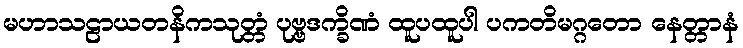
မဟာသဠာယတနိကသုတ္တံ ပုဗ္ဗဒက္ခိဏံ ထူပထူပါ ပကတိမဂ္ဂတော နေတ္တာနံ